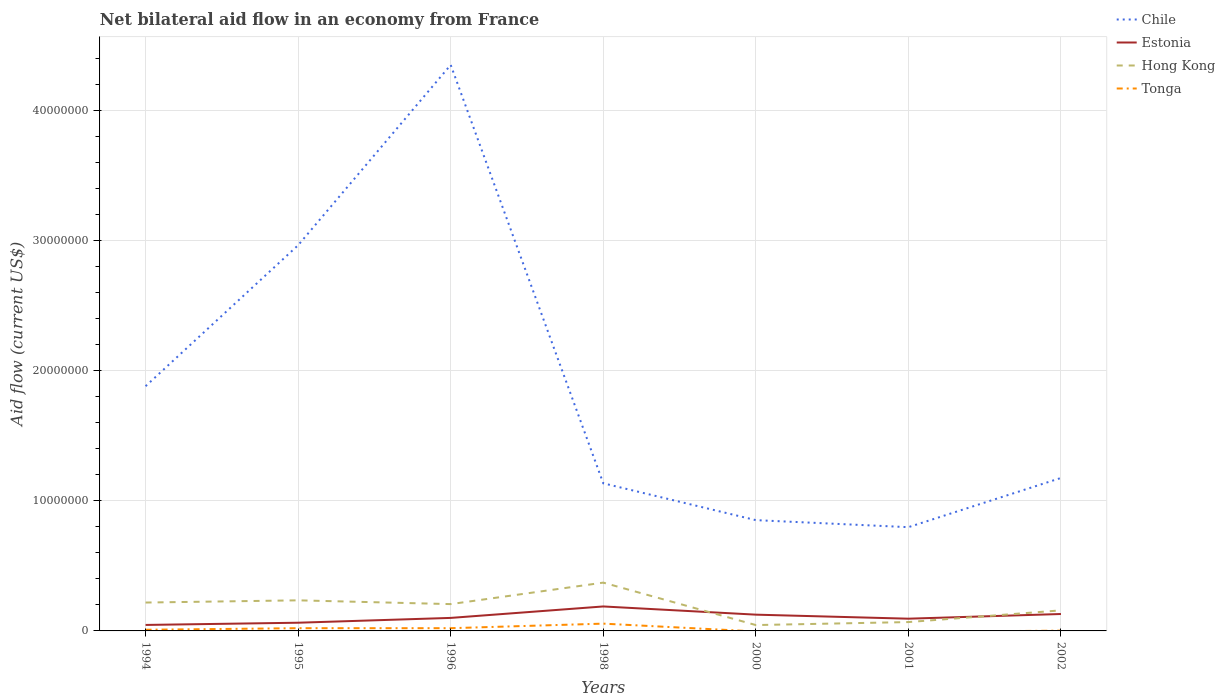
| Years | Chile | Estonia | Hong Kong | Tonga |
 | --- | --- | --- | --- | --- |
 | 1994 | 1.88e+07 | 4.6e+05 | 2.18e+06 | 9e+04 |
 | 1995 | 2.96e+07 | 6.3e+05 | 2.35e+06 | 2.1e+05 |
 | 1996 | 4.35e+07 | 1e+06 | 2.06e+06 | 2.1e+05 |
 | 1998 | 1.13e+07 | 1.88e+06 | 3.71e+06 | 5.6e+05 |
 | 2000 | 8.51e+06 | 1.25e+06 | 4.5e+05 | -4e+04 |
 | 2001 | 7.97e+06 | 9.4e+05 | 6.8e+05 | -7e+04 |
 | 2002 | 1.18e+07 | 1.3e+06 | 1.58e+06 | 2e+04 |